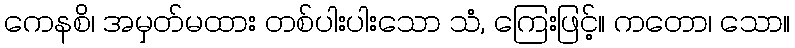
ကေနစိ၊ အမှတ်မထား တစ်ပါးပါးသော သံ, ကြေးဖြင့်။ ကတော၊ သော။